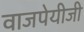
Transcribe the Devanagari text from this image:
वाजपेयीजी